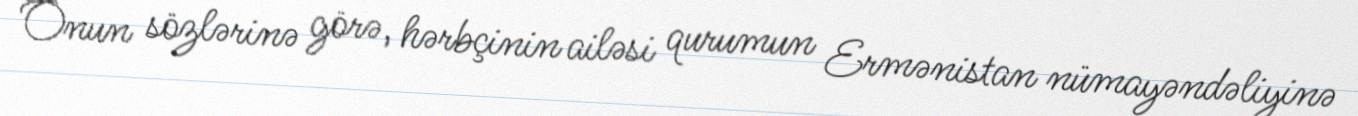
Onun sözlərinə görə, hərbçinin ailəsi qurumun Ermənistan nümayəndəliyinə